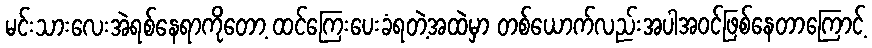
မင်းသားလေးအဲရစ်နေရာကိုတော့ ထင်ကြေးပေးခံရတဲ့အထဲမှာ တစ်ယောက်လည်းအပါအဝင်ဖြစ်နေတာကြောင့်